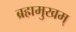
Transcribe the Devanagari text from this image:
ब्रह्ममुखम्